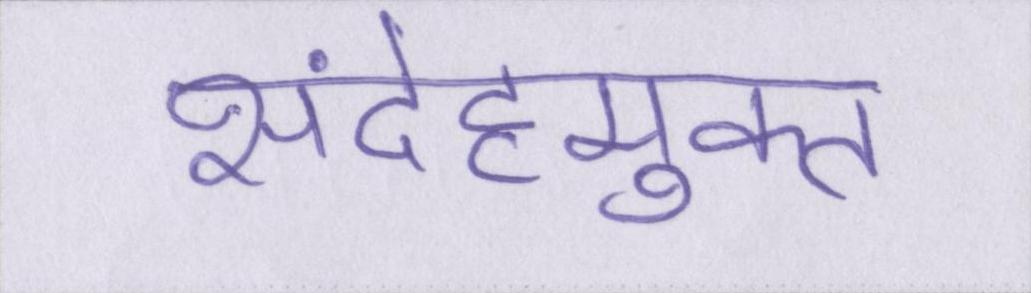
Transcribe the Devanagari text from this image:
संदेहमुक्त